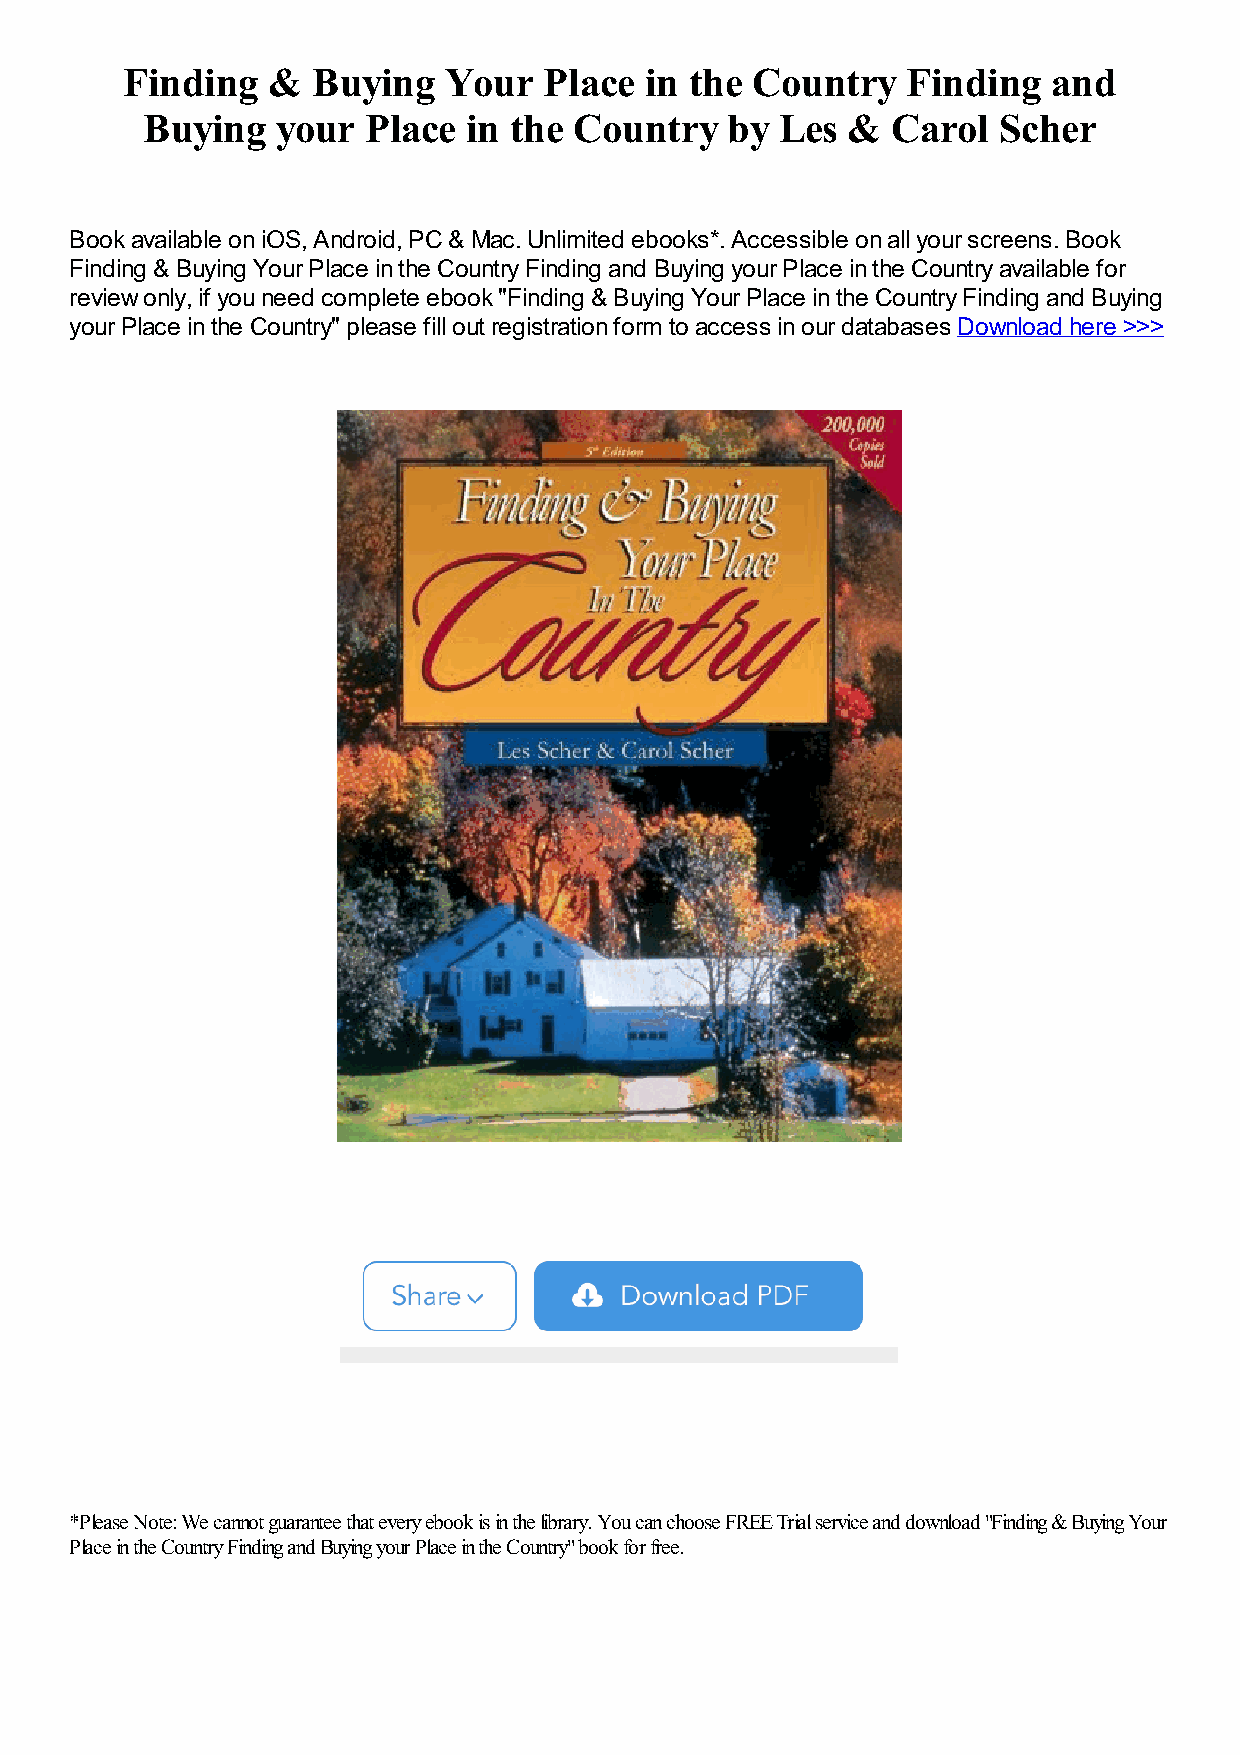
Finding   &  Buying  Your   Place  in the Country   Finding   and
 Buying   your  Place  in the Country   by  Les &  Carol  Scher
 Book available on iOS, Android, PC & Mac. Unlimited ebooks*. Accessible on all your screens. Book
 Finding & Buying Your Place in the Country Finding and Buying your Place in the Country available for
 review only, if you need complete ebook "Finding & Buying Your Place in the Country Finding and Buying
 your Place in the Country" please fill out registration form to access in our databases Download here >>>
 *Please Note: We cannot guarantee that every ebook is in the library. You can choose FREE Trial service and download "Finding & Buying Your
 Place in the Country Finding and Buying your Place in the Country" book for free.